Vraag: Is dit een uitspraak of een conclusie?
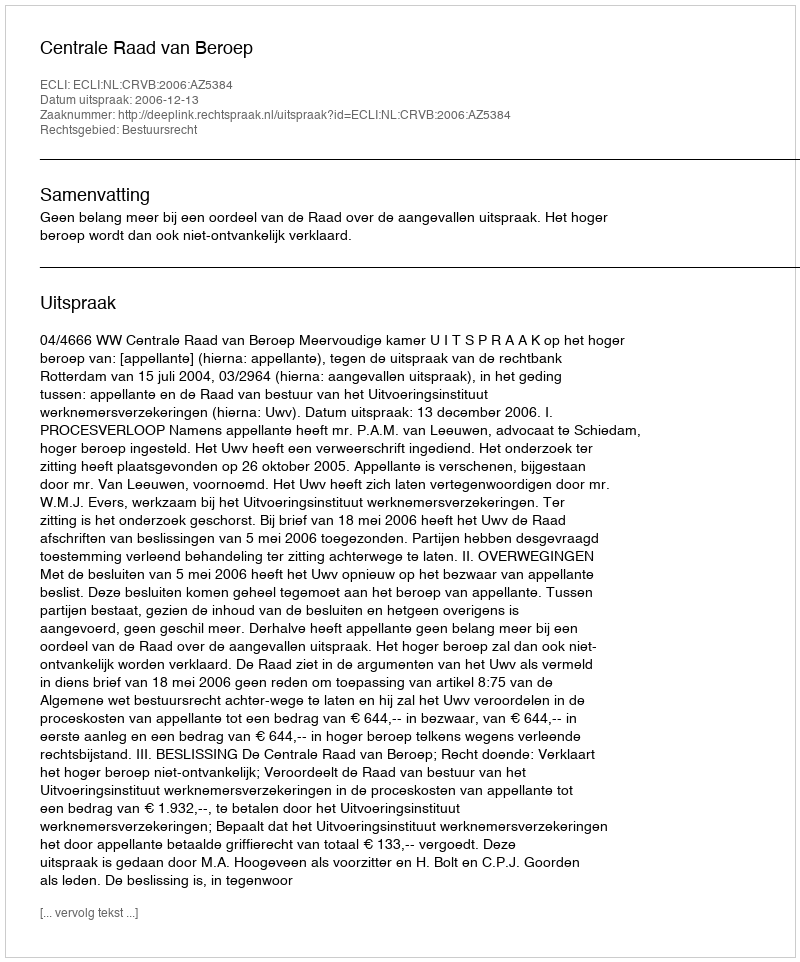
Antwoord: Uitspraak